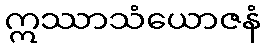
ဣဿာသံယောဇနံ